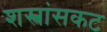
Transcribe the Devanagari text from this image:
शस्त्रांसकट